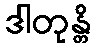
ဒါတုန္တိ